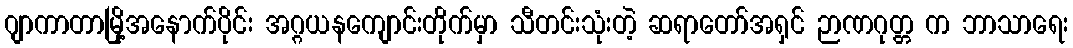
ဂျာကာတာမြို့အနောက်ပိုင်း အဂ္ဂယနကျောင်းတိုက်မှာ သီတင်းသုံးတဲ့ ဆရာတော်အရှင် ဉာဏဂုတ္တ က ဘာသာရေး